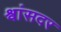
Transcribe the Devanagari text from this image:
श्वांसदर